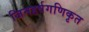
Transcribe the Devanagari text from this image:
जिनहर्षगणिकृत